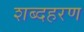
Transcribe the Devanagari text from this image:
शब्दहरण